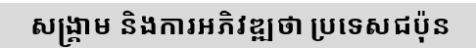
សង្គ្រាម និងការអភិវឌ្ឍថា ប្រទេសជប៉ុន